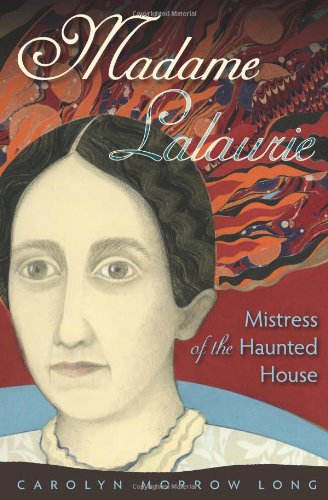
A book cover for Madame Lalaurie, Mistress of the Haunted House; Carolyn Morrow Long; Biographies & Memoirs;